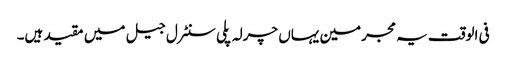
فی الوقت یہ مجرمین یہاں چرلہ پلی سنٹرل جیل میں مقید ہیں۔